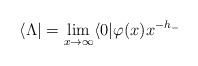
LaTeX: \begin{align*}\langle \Lambda |=\lim_{x \rightarrow \infty}\langle 0 |\varphi(x)x^{-h_-}\end{align*}